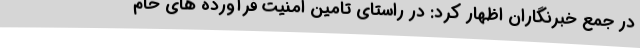
در جمع خبرنگاران اظهار کرد: در راستای تامین امنیت فرآورده های خام